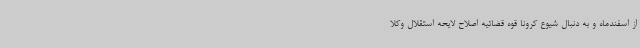
از اسفندماه و به دنبال شیوع کرونا قوه قضائیه اصلاح لایحه استقلال وکلا